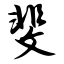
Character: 斐